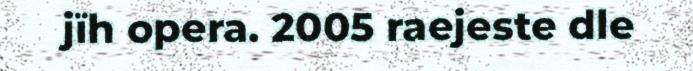
jïh opera. 2005 raejeste dle